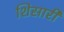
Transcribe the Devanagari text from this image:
शिसारी